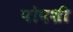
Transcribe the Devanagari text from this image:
पोपशी